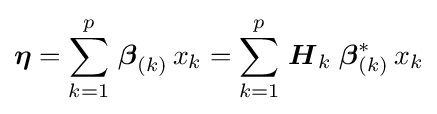
{\boldsymbol {\eta }}=\sum _{k=1}^{p}\,{\boldsymbol {\beta }}_{(k)}^{}\,x_{k}=\sum _{k=1}^{p}\,{\boldsymbol {H}}_{k}\;{\boldsymbol {\beta }}_{(k)}^{*}\,x_{k}